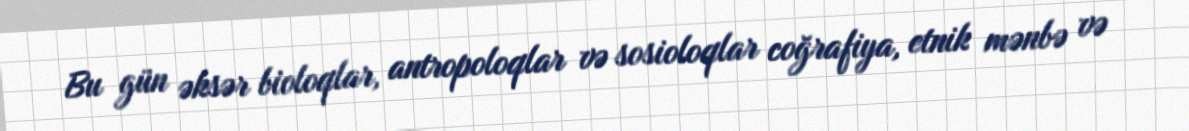
Bu gün əksər bioloqlar, antropoloqlar və sosioloqlar coğrafiya, etnik mənbə və